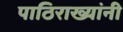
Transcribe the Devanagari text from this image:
पाठिराख्यांनी